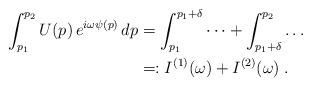
LaTeX: \begin{align*}\int_{p_1}^{p_2} U(p) \, e^{i \omega \psi(p)} \, dp& = \int_{p_1}^{p_1 + \delta} \dots + \int_{p_1 + \delta}^{p_2} \dots \\& =: I^{(1)}(\omega) + I^{(2)}(\omega) \; .\end{align*}